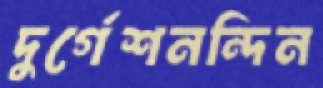
দুর্গেশনন্দিন